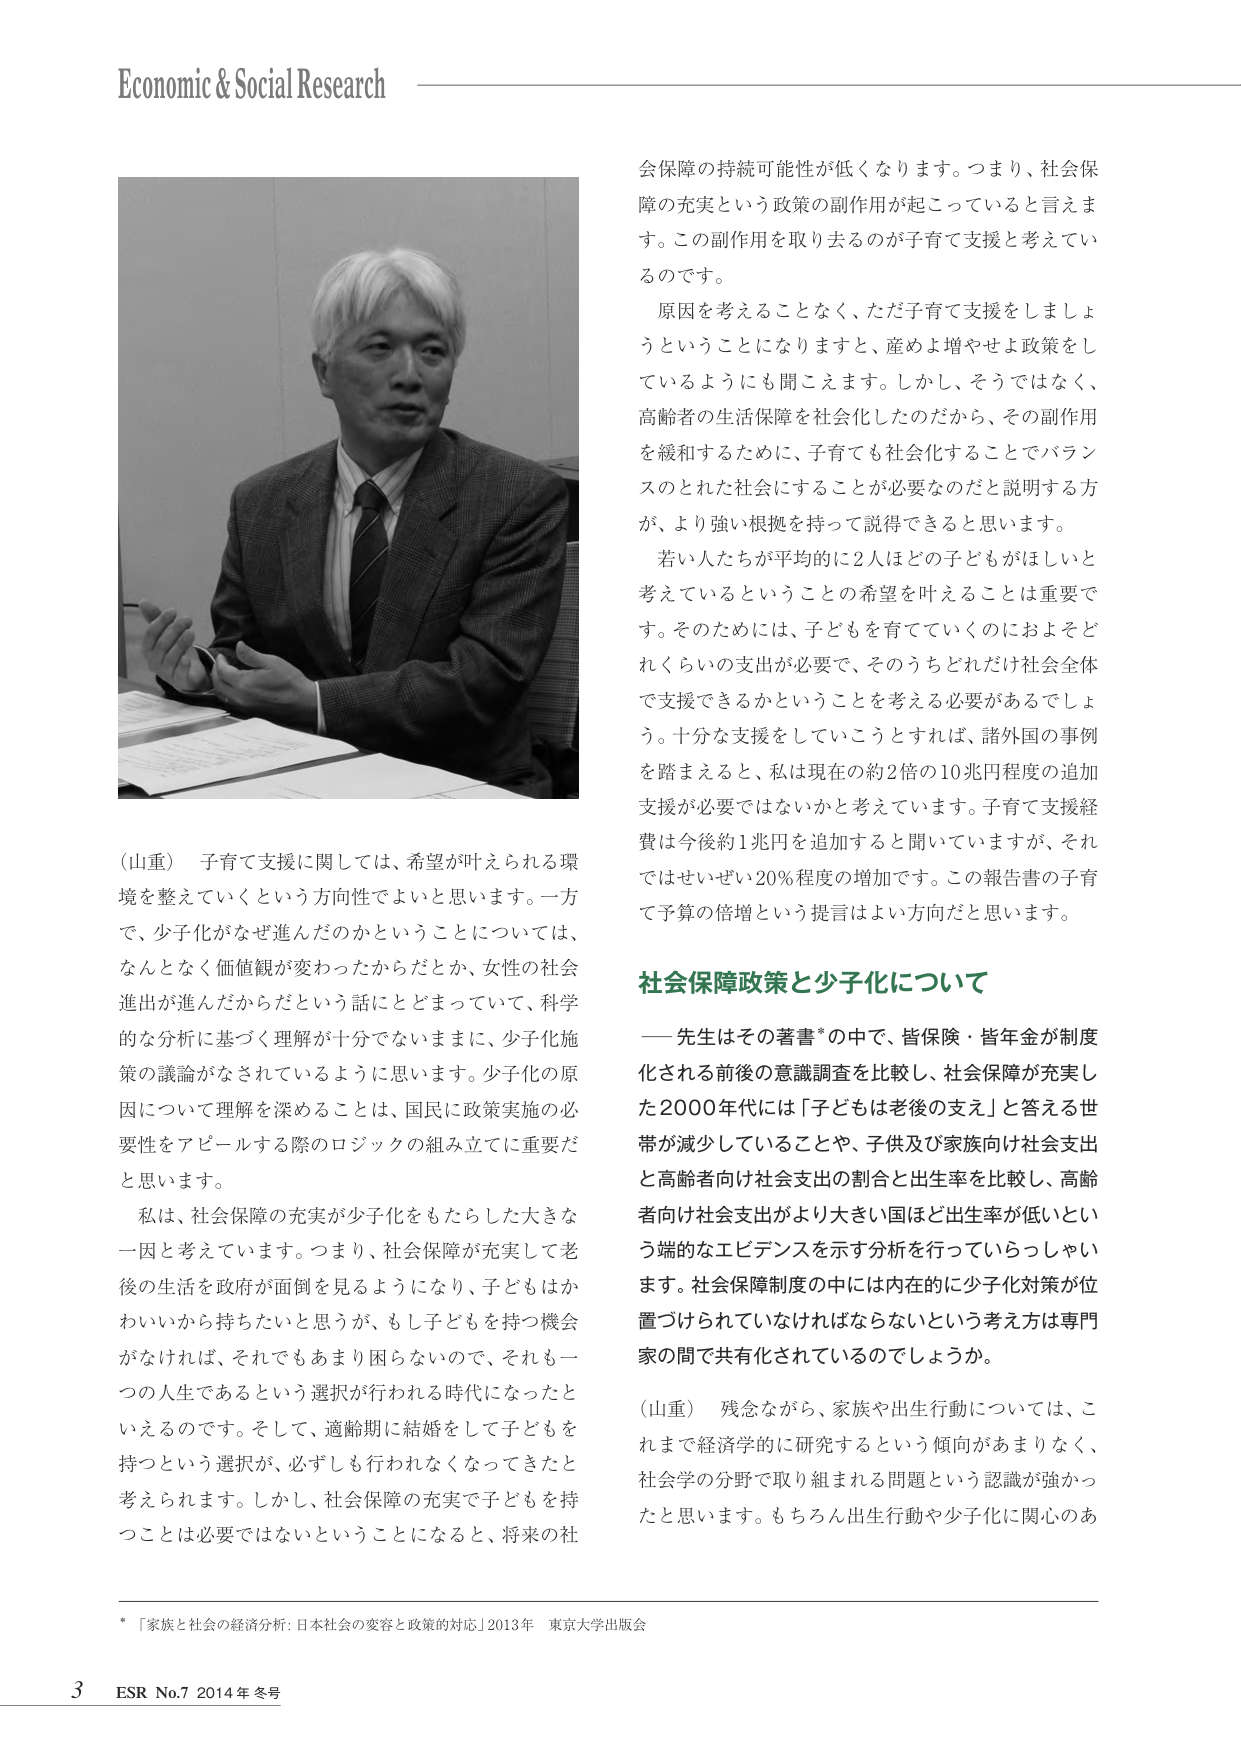
Economic & Social Research

（山重） 子育て支援に関しては、希望が叶えられる環境を整えていくという方向性でよいと思います。一方で、少子化がなぜ進んだのかということについては、なんとなく価値観が変わったからだとか、女性の社会進出が進んだからだという話にとどまっていて、科学的な分析に基づく理解が十分でないままに、少子化施策の議論がなされているように思います。少子化の原因について理解を深めることは、国民に政策実施の必要性をアピールする際のロジックの組み立てに重要だと思います。

私は、社会保障の充実が少子化をもたらした大きな一因と考えています。つまり、社会保障が充実して老後の生活を政府が面倒を見るようになり、子どもはかわいいから持ちたいと思うが、もし子どもを持つ機会がなければ、それでもあまり困らないので、それも一つの人生であるという選択が行われる時代になったといえるのです。そして、適齢期に結婚をして子どもを持つという選択が、必ずしも行われなくなってきたと考えられます。しかし、社会保障の充実で子どもを持つことは必要ではないということになると、将来の社会保障の持続可能性が低くなります。つまり、社会保障の充実という政策の副作用が起こっていると言えます。この副作用を取り去るのが子育て支援と考えているのです。

原因を考えることなく、ただ子育て支援をしましょうということになりますと、産めよ増やせよ政策をしているようにも聞こえます。しかし、そうではなく、高齢者の生活保障を社会化したのだから、その副作用を緩和するために、子育ても社会化することでバランスのとれた社会にすることが必要なのだと説明する方が、より強い根拠を持って説得できると思います。

若い人たちが平均的に2人ほどの子どもがほしいと考えているということの希望を叶えることは重要です。そのためには、子どもを育てていくにおよそどれくらいの支出が必要で、そのうちどれだけ社会全体で支援できるかということを考える必要があるでしょう。十分な支援をしていこうとすれば、諸外国の事例を踏まえると、私は現在の約2倍の10兆円程度の追加支援が必要ではないかと考えています。子育て支援経費は今後約1兆円を追加すると聞いていますが、それではせいぜい20％程度の増加です。この報告書の子育て予算の倍増という提言はよい方向だと思います。

社会保障政策と少子化について

—— 先生はその著書*の中で、皆保険・皆年金が制度化される前後の意識調査を比較し、社会保障が充実した2000年代には「子どもは老後の支え」と答える世帯が減少していることや、子供及び家族向け社会支出と高齢者向け社会支出の割合と出生率を比較し、高齢者向け社会支出がより大きい国ほど出生率が低いという端的なエビデンスを示す分析を行っていらっしゃいます。社会保障制度の中には内在的に少子化対策が位置づけられていなければならないという考え方は専門家の間で共有化されているのでしょうか。

（山重） 残念ながら、家族や出生行動については、これまで経済学的に研究するという傾向があまりなく、社会学の分野で取り組まれる問題という認識が強かったと思います。もちろん出生行動や少子化に関心のあ

* 「家族と社会の経済分析: 日本社会の変容と政策的対応」2013年 東京大学出版会

3 ESR No.7 2014年 冬号